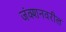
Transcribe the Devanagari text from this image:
जंक्शनवरील